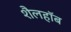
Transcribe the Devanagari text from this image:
शैलहाॅब